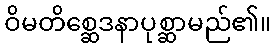
ဝိမတိစ္ဆေဒနာပုစ္ဆာမည်၏။